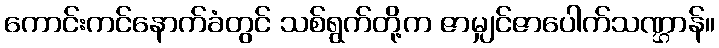
ကောင်းကင်နောက်ခံတွင် သစ်ရွက်တို့က ဇာမျှင်ဇာပေါက်သဏ္ဌာန်။